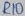
Text: R10